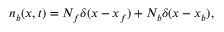
\begin{array} { r } { n _ { b } ( x , t ) = N _ { f } \delta ( x - x _ { f } ) + N _ { b } \delta ( x - x _ { b } ) , } \end{array}